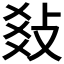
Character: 𢼬